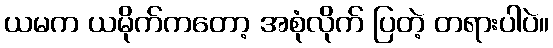
ယမက ယမိုက်ကတော့ အစုံလိုက် ပြတဲ့ တရားပါပဲ။